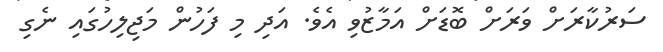
ސަރުކާރަށް ވަރަށް ބޮޑަށް އަމާޒުވި އެވެ. އަދި މި ފަހުން މަޖިލިހުގައި ނެގި